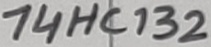
Text: 74HC132